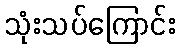
သုံးသပ်ကြောင်း